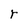
Character: r